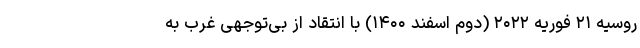
روسیه ۲۱ فوریه ۲۰۲۲ (دوم اسفند ۱۴۰۰) با انتقاد از بی‌توجهی غرب به